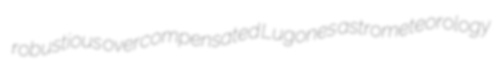
robustious overcompensated Lugones astrometeorology